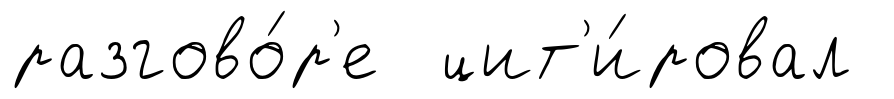
разгово́р'е цит'и́ровал